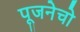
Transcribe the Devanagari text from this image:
पूजनेचो